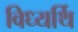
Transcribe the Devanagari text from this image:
विध्यर्थि